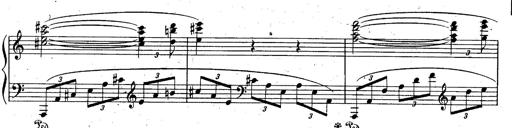
Title: God Save the Queen
Composer: Charles LÃ©on Hess
Key: A major